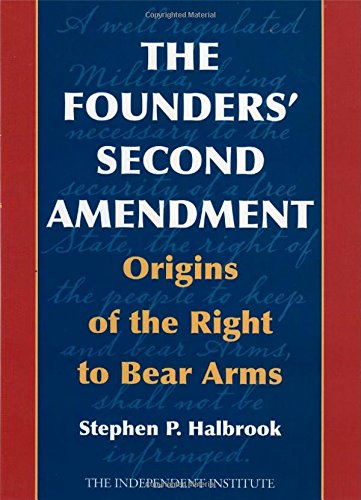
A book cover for The Founders' Second Amendment: Origins of the Right to Bear Arms (Independent Studies in Political Economy); Stephen P. Halbrook; Law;